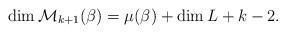
LaTeX: \begin{align*}\dim{\mathcal M}_{k+1}(\beta)=\mu(\beta) + \dim L + k -2.\end{align*}